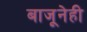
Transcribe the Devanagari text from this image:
बाजूनेही